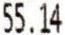
55.14